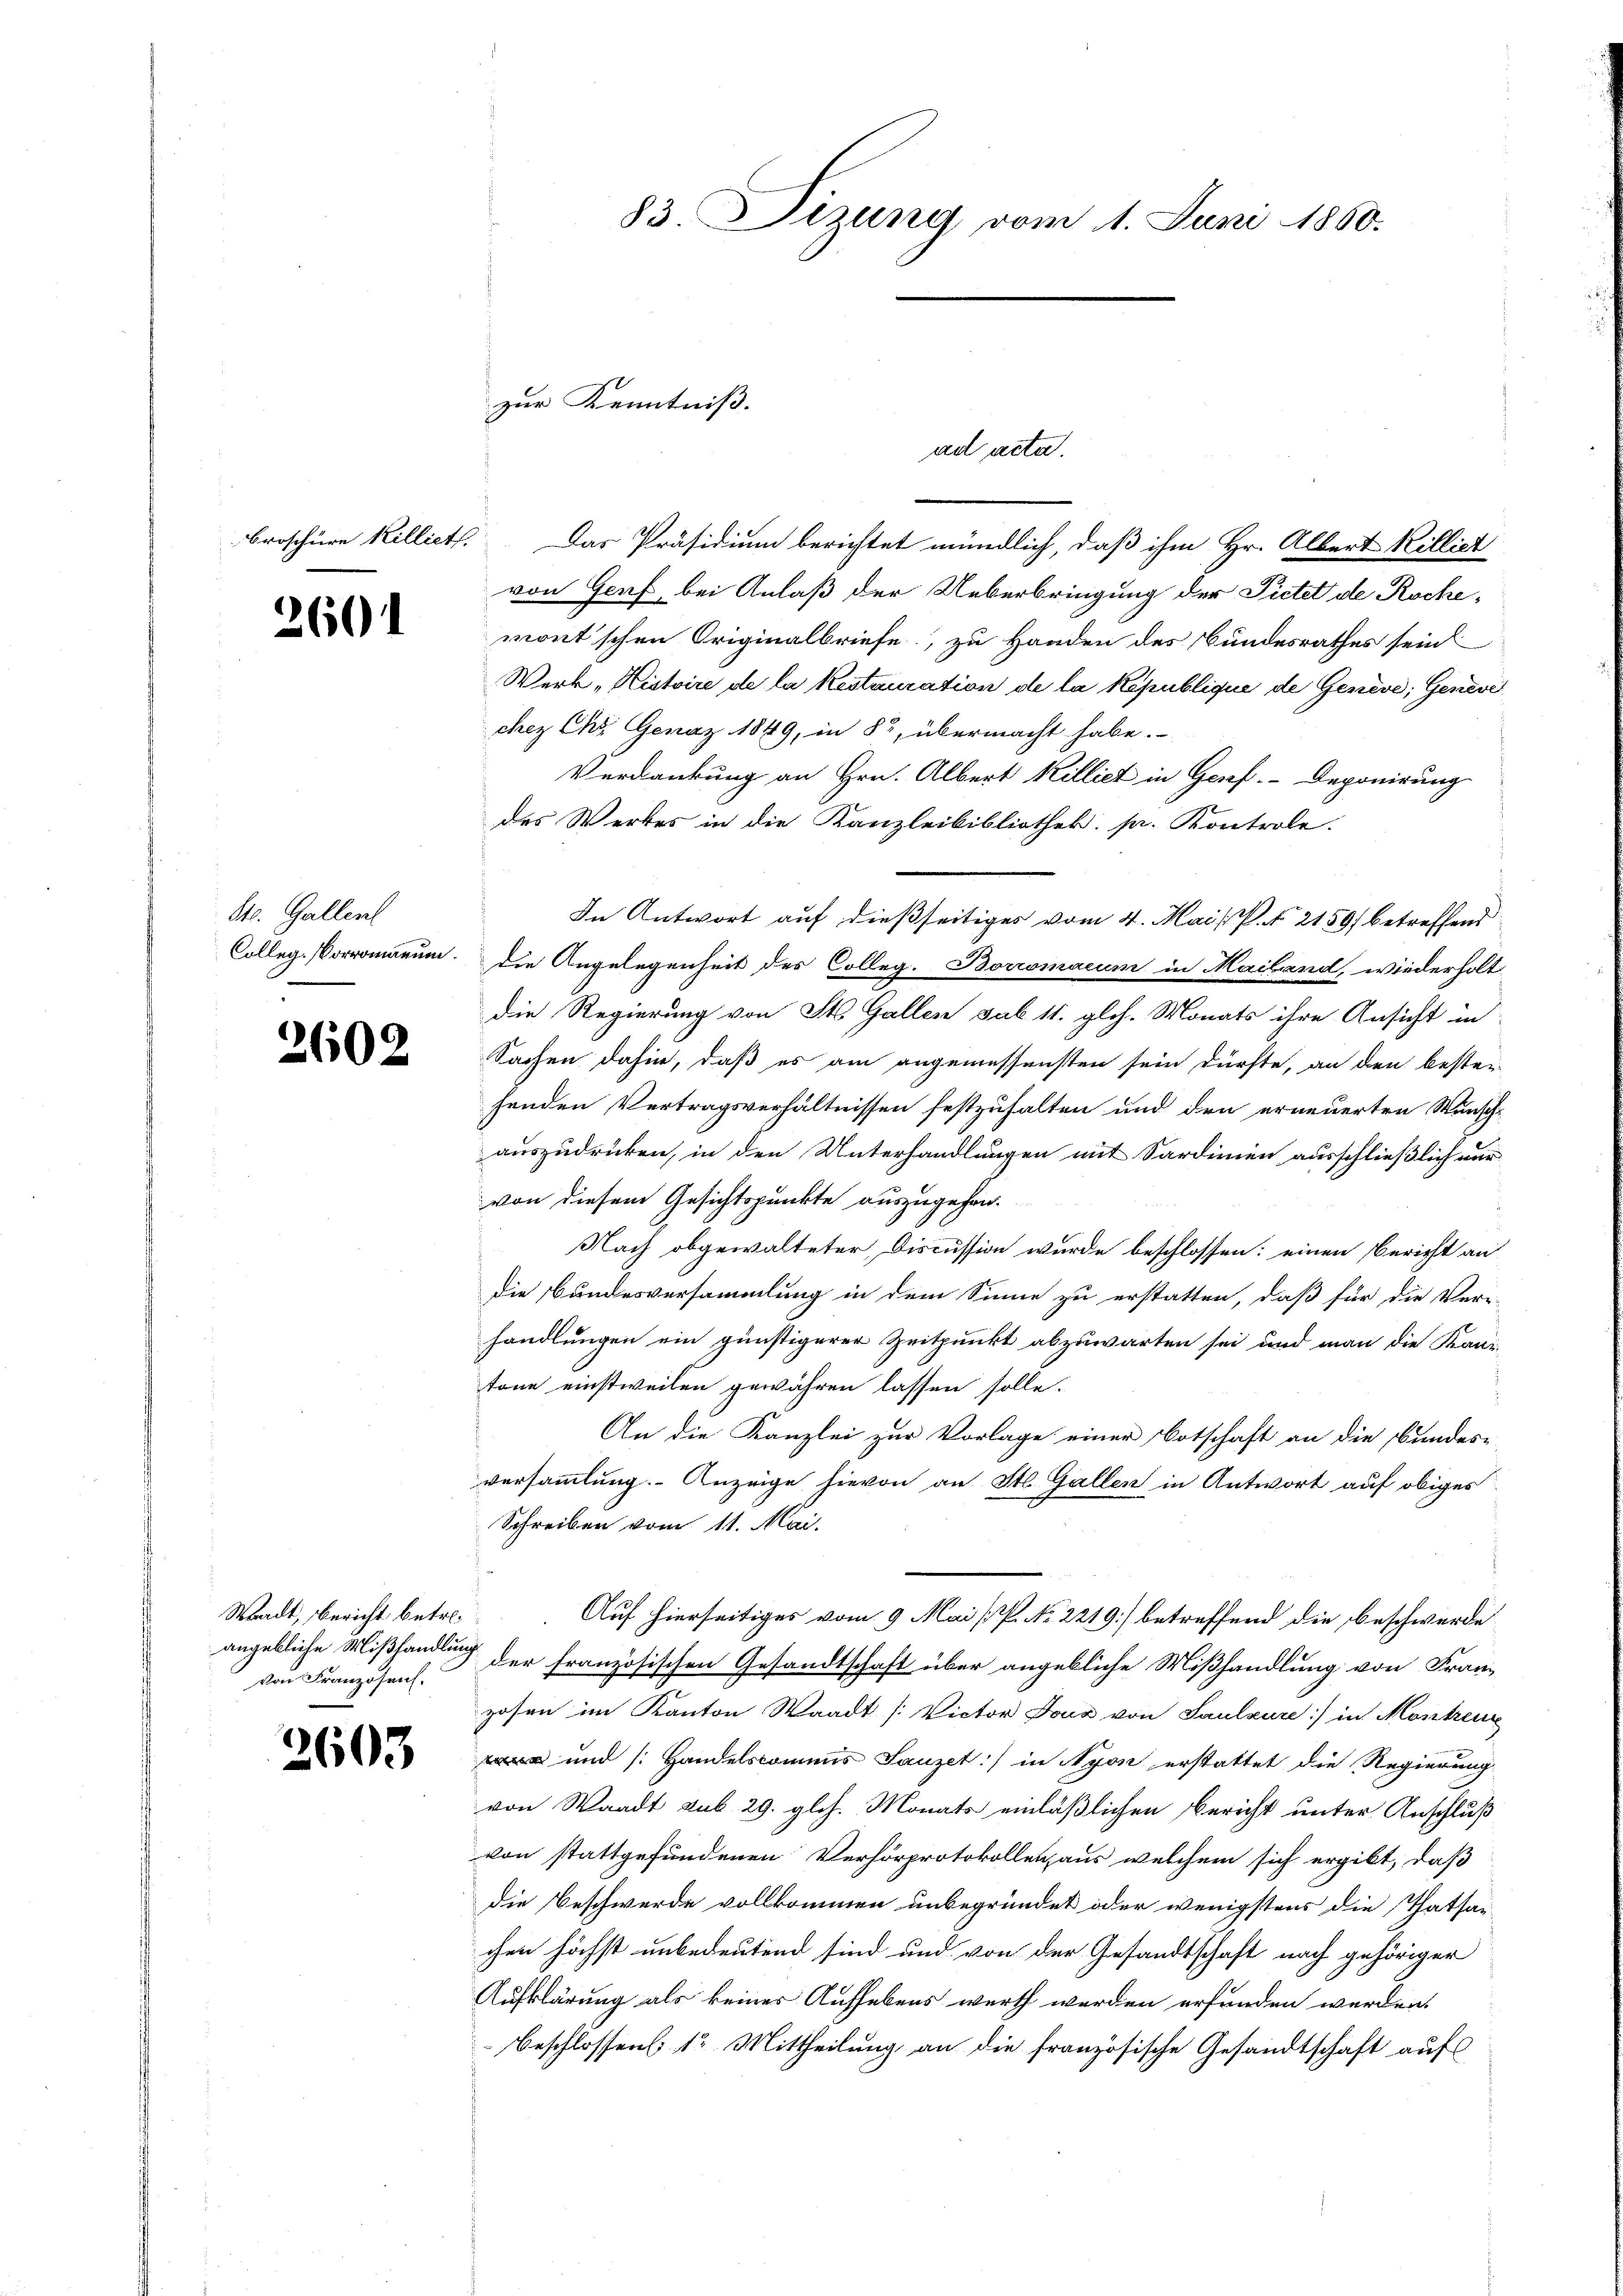
Broschüre Killiet,

2601

St. Gallen

2602

Waadt, Bericht betreangebliche Mißhandlung
von Franzosens.

2603

Das Präsidium berichtet mündlich, daß ihm Hr. Albert Killiet
von Genf bei Anlaß der Ueberbringung der Pietet de Rochemortschen Originalbriefe, zu Handen des Bundesrathes sein
Werk „Histoire, de la Restauration de la République de Genève, Genevi
chez Chr. Genaz 1849, in § 2, übermacht habe.
Verdankung an Hrn. Albert Killiet in Genf. Deponirung
des Werkes in die Kanzleibibliothek. pr. Kontrole.
In Antwort auf dießseitiges vom 4. Mai   P. 2159) betreffend
Colleg. Vorromanum. Die Angelegenheit des Colleg. Boromacum in Mailand, wiederholt
Die Regierung von St. Gallen sub 11. gloh. Monats ihre Ansicht in
Sachen dahin, daß es am angemessensten sein dürfte, an den beste-
fenden Vertragsverhältnissen festzuhalten und den erneuerten Wunschauszudrücken, in den Unterhandlungen mit Sardinien ausschließlich nur
von diesem Gesichtspunkte auszugehen.
 Nach obgewalteter Discussion wurde beschlossen: einen Bericht an
die Bundesversammlung in dem Sinne zu erstatten, daß für die Ver-
handlungen ein günstigerer Zeitpunkt abzuwarten sei und man die Kanz-
tone einstweilen gewähren lassen solle.
An die Kanzlei zur Vorlage einer Botschaft an die Bundes-
versammlung. Anzeige hievon an St. Gallen in Antwort auf obiges
Schreiben vom 11. Mai.
Auf hierseitiges vom 9. Mai [P. No. 2219] betreffend die beschwerde
der französischen Gesandtschaft über angebliche Mißhandlung von Franz
zosen im Kanton Waadt (Victor Joux von Saulzure:/ in Montreu
 und Handelscommis Lauzet:/ in Nyon erstattet die Regierung
von Waadt sub. 29. glch. Monats einläßlichen Bericht unter Anschluß
von stattgefundenen Verhörprotokollenzaus welchem sich ergibt, daß
die Beschwerde vollkommen unbegründet oder wenigstens die Thatsa-
chen höchst unbedeutend sind und von der Gesandtschaft nach gehöriger
Aufklärung als keiner Aufhebens werth werden erfunden werden.
Beschlossens 12. Mittheilung an die französische Gesandtschaft auf

Es

zur Kenntniß.

83. Sizung vom 1. Juni 1860.

ad acta.